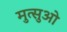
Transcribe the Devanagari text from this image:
मुत्सुओ